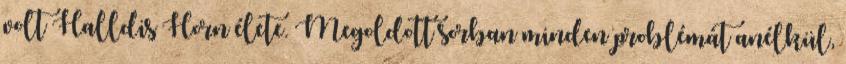
volt Halldis Horn élete. Megoldott sorban minden problémát anélkül,